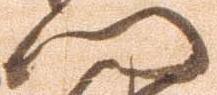
門